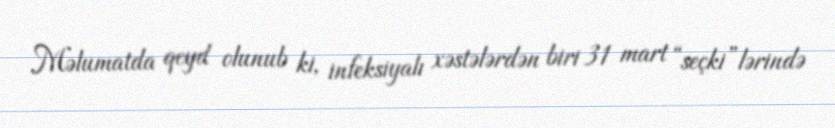
Məlumatda qeyd olunub ki, infeksiyalı xəstələrdən biri 31 mart “seçki”lərində